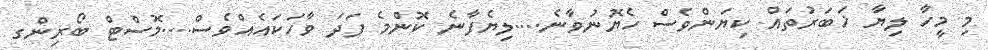
މި މީހާ ލިޔާ ޚަބަރުތައް ކިޔަންވެސް ހެޔޮނުވާނެ....ލިޔެފާނެ ކޮންމެ ފަދަ ވާހަކައެއްވެސް....މޮސްޓް ބޯރިންގ